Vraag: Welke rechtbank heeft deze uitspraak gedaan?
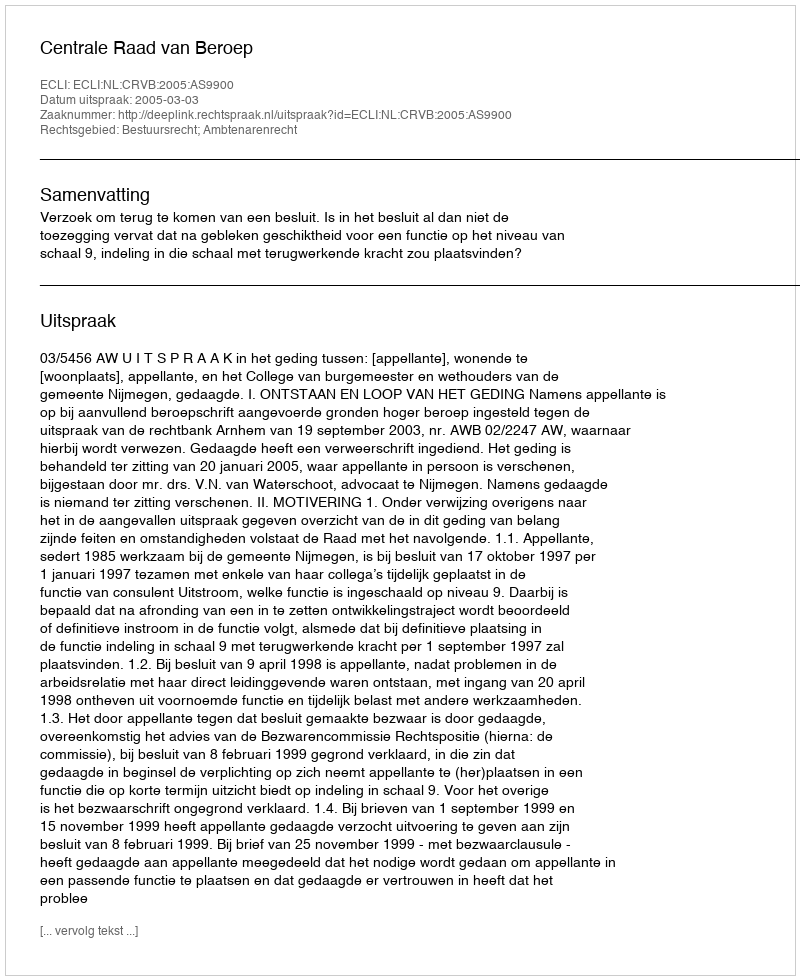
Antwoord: Centrale Raad van Beroep